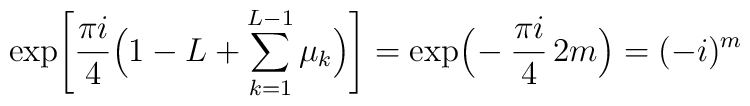
\exp\!\left[\frac{\pi i}{4}\Big(1-L+\sum_{k=1}^{L-1}\mu_k\Big)\right]=\exp\!\Big(\!-\frac{\pi i}{4}\,2m\Big)=(-i)^m